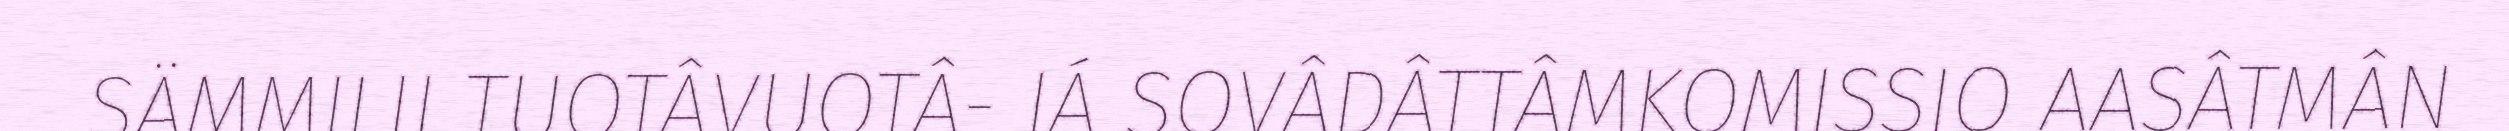
SÄMMILIJ TUOTÂVUOTÂ- JÁ SOVÂDÂTTÂMKOMISSIO AASÂTMÂN